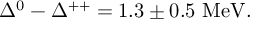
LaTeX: \Delta ^ { 0 } - \Delta ^ { + + } = 1 . 3 \pm 0 . 5 \mathrm { ~ M e V } .